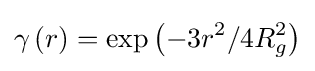
\gamma \left(r\right)=\exp \left(-3r^{2}/4R_{g}^{2}\right)